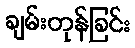
ချမ်းတုန်ခြင်း